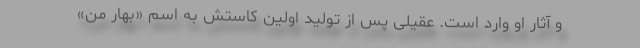
و آثار او وارد است. عقیلی پس از تولید اولین کاستش به اسم «بهار من»